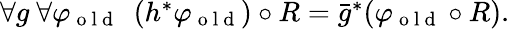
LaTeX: \begin{array}{r}{\forall g\ \forall\varphi_{\mathrm{~o~l~d~}}\ \ (h^{*}\varphi_{\mathrm{~o~l~d~}})\circ R=\bar{g}^{*}(\varphi_{\mathrm{~o~l~d~}}\circ R).}\end{array}